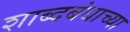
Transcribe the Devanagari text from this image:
शाब्दबंधाच्या